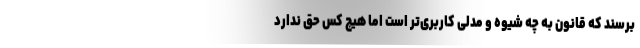
برسند که قانون به چه شیوه و مدلی کاربری‌تر است اما هیچ کس حق ندارد